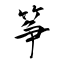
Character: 筝